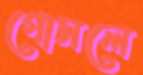
গোসলে